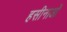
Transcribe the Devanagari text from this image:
हसीनाओं